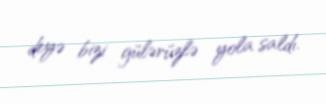
deyə bizi gülərüzlə yola saldı.